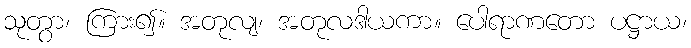
သုတွာ၊ ကြား၍။ အတုလျ၊ အတုလဒါယကာ။ ပေါရာဏတော ပဋ္ဌာယ၊